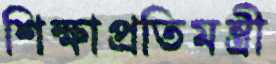
শিক্ষাপ্রতিমন্ত্রী